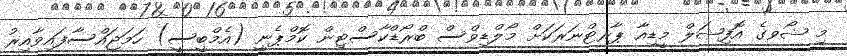
މި ޝޯވގެ އޮފިޝަލް މީޑިއާ ޕާރޓްނަރަކަށް މޯލްޑިވްސް ބްރޯޑްކާސްޓިން ކޮމްޕެނީ (އެމްބީސީ) ހަމަޖައްސާފައިވާއިރު